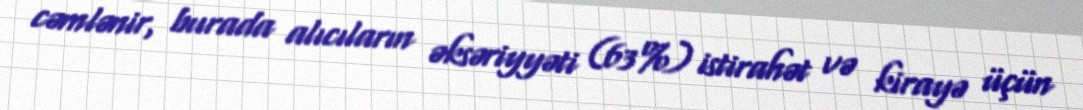
cəmlənir, burada alıcıların əksəriyyəti (63%) istirahət və kirayə üçün